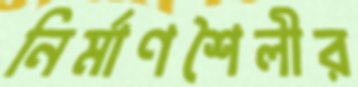
নির্মাণশৈলীর